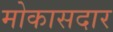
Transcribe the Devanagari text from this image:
मोकासदार